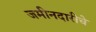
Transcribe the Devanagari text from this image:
जमीनदारीचे